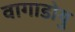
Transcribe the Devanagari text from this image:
वागाडोयु